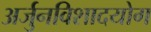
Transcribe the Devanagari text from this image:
अर्जुनविशादयोग